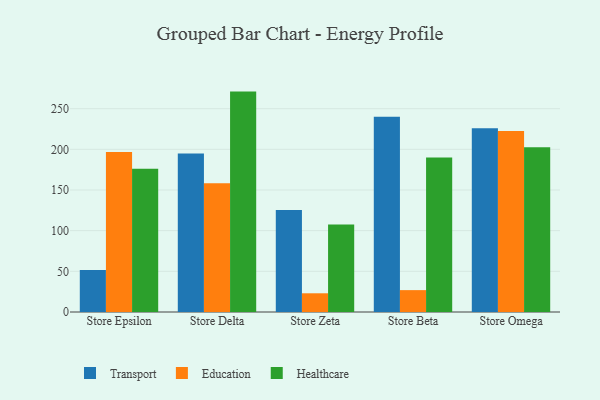
{"axis": {"x": "Store", "y": "Inventory Turnover"}, "legend": ["Education", "Healthcare", "Transport"], "data": [{"x": "Store Epsilon", "y": 51.7, "type": "Transport"}, {"x": "Store Epsilon", "y": 196.8, "type": "Education"}, {"x": "Store Epsilon", "y": 176.0, "type": "Healthcare"}, {"x": "Store Delta", "y": 194.8, "type": "Transport"}, {"x": "Store Delta", "y": 158.4, "type": "Education"}, {"x": "Store Delta", "y": 271.0, "type": "Healthcare"}, {"x": "Store Zeta", "y": 125.5, "type": "Transport"}, {"x": "Store Zeta", "y": 23.0, "type": "Education"}, {"x": "Store Zeta", "y": 107.7, "type": "Healthcare"}, {"x": "Store Beta", "y": 240.1, "type": "Transport"}, {"x": "Store Beta", "y": 26.9, "type": "Education"}, {"x": "Store Beta", "y": 190.0, "type": "Healthcare"}, {"x": "Store Omega", "y": 225.9, "type": "Transport"}, {"x": "Store Omega", "y": 222.6, "type": "Education"}, {"x": "Store Omega", "y": 202.7, "type": "Healthcare"}]}